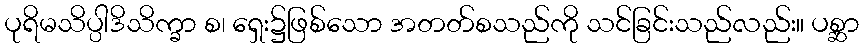
ပုရိမသိပ္ပါဒိသိက္ခာ စ၊ ရှေး၌ဖြစ်သော အတတ်စသည်ကို သင်ခြင်းသည်လည်း။ ပစ္ဆာ